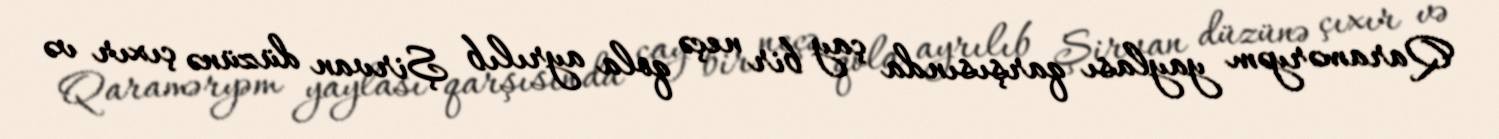
Qaraməryəm yaylası qarşısında çay bir neçə qola ayrılıb Şirvan düzünə çıxır və